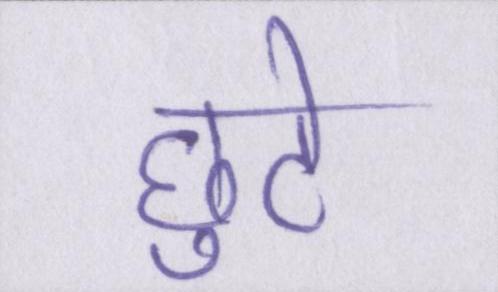
छुटे